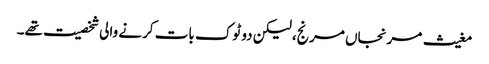
مغیث مرنجاں مرنج، لیکن دو ٹوک بات کرنے والی شخصیت تھے۔